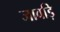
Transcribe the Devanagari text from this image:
जावड़ि